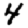
Digit: 4